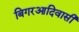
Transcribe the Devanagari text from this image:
बिगरआदिवासी